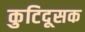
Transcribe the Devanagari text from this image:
कुटिदूसक